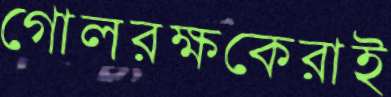
গোলরক্ষকেরাই